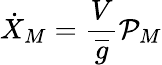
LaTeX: \dot{X}_{M}=\frac{V}{\overline{{{g}}}}{\mathcal{P}}_{M}